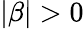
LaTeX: |\beta|>0